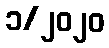
၁/၂၀၂၀